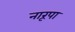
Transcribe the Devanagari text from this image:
नारूपा